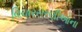
વિચારસરણીઓના